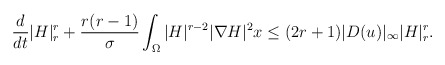
\begin{align*}& \frac{d}{dt}|H|^r_r+\frac{r(r-1)}{\sigma} \int_{\Omega} |H|^{r-2}|\nabla H|^2x \leq (2r+1) |D( u)|_{\infty} |H|^r_r.\end{align*}